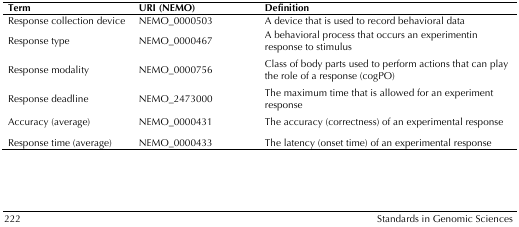
<table><thead><tr><td><b>Term</b></td><td><b>URI (NEMO)</b></td><td><b>Definition</b></td></tr></thead><tbody><tr><td>Response collection device</td><td>NEMO_0000503</td><td>A device that is used to record behavioral data</td></tr><tr><td>Response type</td><td>NEMO_0000467</td><td>A behavioral process that occurs an experimentin response to stimulus</td></tr><tr><td>Response modality</td><td>NEMO_0000756</td><td>Class of body parts used to perform actions that can play the role of a response (cogPO)</td></tr><tr><td>Response deadline</td><td>NEMO_2473000</td><td>The maximum time that is allowedfor an experiment response</td></tr><tr><td>Accuracy (average)</td><td>NEMO_0000431</td><td>The accuracy (correctness)of an experimental response</td></tr><tr><td>Response time (average)</td><td>NEMO_0000433</td><td>The latency (onset time) of an experimental response</td></tr></tbody></table>